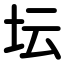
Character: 坛